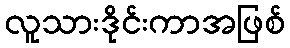
လူသားဒိုင်းကာအဖြစ်